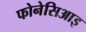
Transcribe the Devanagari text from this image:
फोनेसिआइ